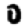
Digit: 0